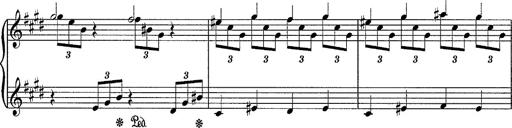
Title: Sancta Dorothea
Composer: Franz Liszt
Key: E major